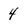
Character: 4